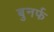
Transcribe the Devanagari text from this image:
बुनर्फ